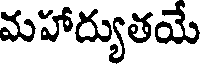
మహాద్యుతయే